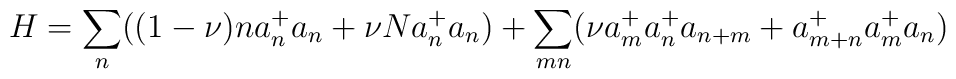
H= \sum_{n}((1-\nu)na_{n}^{+}a_n +\nu Na_{n}^{+}a_n) +\sum_{mn}(\nu a_{m}^{+}a_{n}^{+}a_{n+m} +a_{m+n}^{+}a_{m}^{+}a_{n})